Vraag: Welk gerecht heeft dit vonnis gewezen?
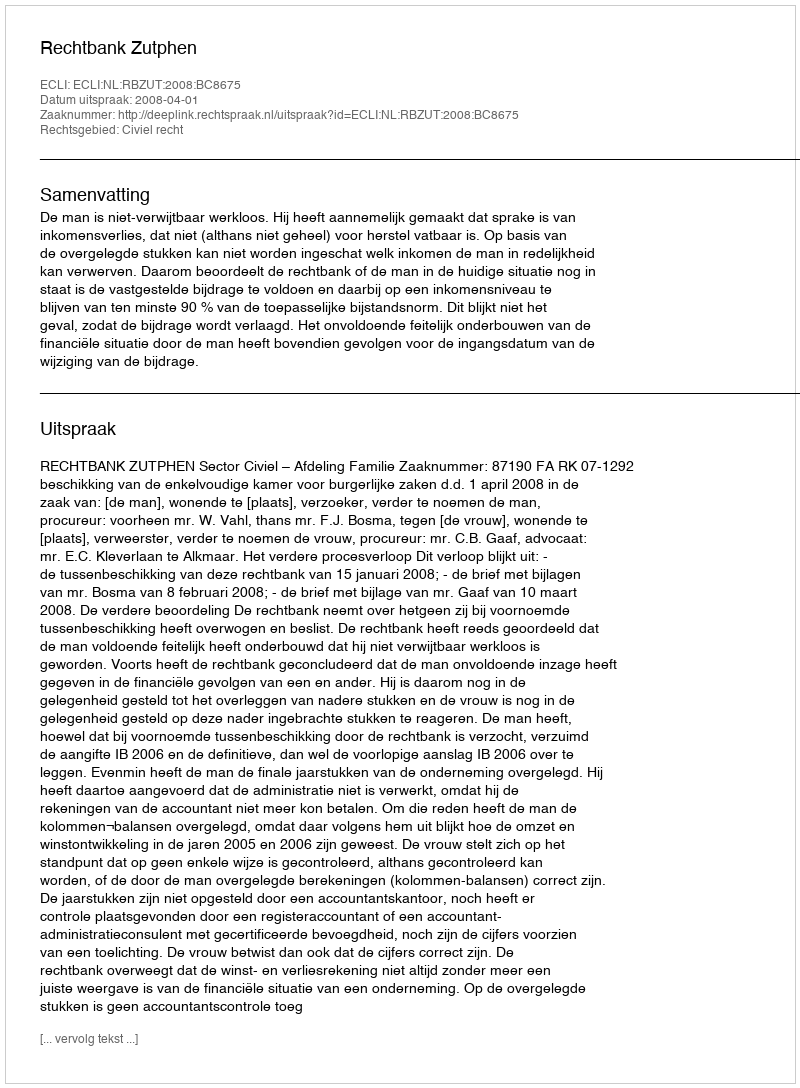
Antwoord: Rechtbank Zutphen